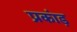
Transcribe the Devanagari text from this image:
प्रकांड़